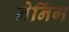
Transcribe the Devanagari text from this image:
नेनिंग